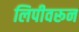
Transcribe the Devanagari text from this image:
लिपीवरून